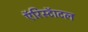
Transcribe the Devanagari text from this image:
एॅरिस्टॅाटल